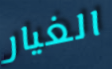
الغيار